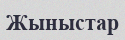
Жыныстар